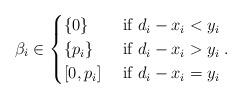
LaTeX: \begin{align*}\beta_i \in \begin{cases} \{0\} & \mbox{ if }d_i-x_i < y_i \\ \{p_i\} & \mbox{ if } d_i-x_i > y_i \\ [0,p_i] & \mbox{ if }d_i-x_i=y_i\end{cases}. \end{align*}